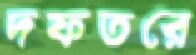
দফতরে